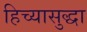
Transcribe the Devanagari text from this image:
हिच्यासुद्धा